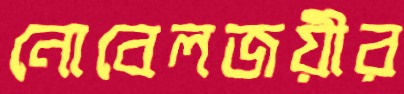
নোবেলজয়ীর